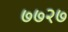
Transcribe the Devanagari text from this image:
७७२७